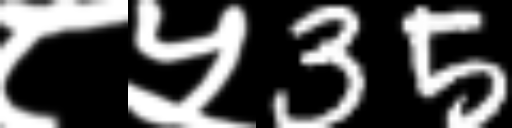
Text: ८५35